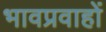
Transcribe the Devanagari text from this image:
भावप्रवाहों